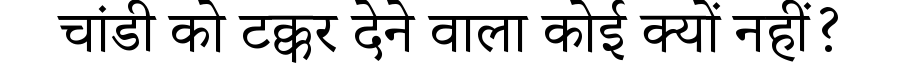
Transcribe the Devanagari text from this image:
चांडी को टक्कर देने वाला कोई क्यों नहीं?